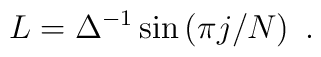
L=\Delta^{-1}\sin\left(\pi j/N \right)~.